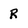
Character: R